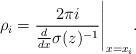
LaTeX: \begin{align*}\rho_i=\frac{2\pi i}{\frac{d}{dx} \sigma(z)^{-1}}\Bigg|_{x=x_i}.\end{align*}